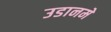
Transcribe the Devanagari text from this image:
उडानमे